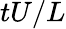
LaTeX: tU/L